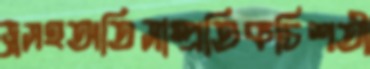
ড্রসহঅতিসাম্প্রতিকচিশতী